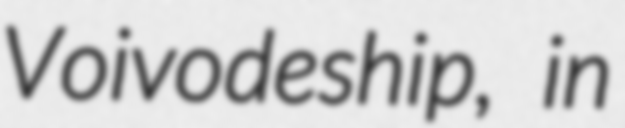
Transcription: Voivodeship, in